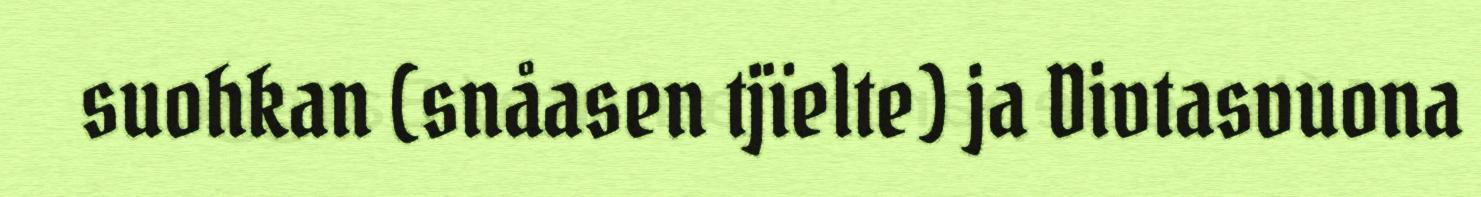
suohkan (snåasen tjïelte) ja Divtasvuona